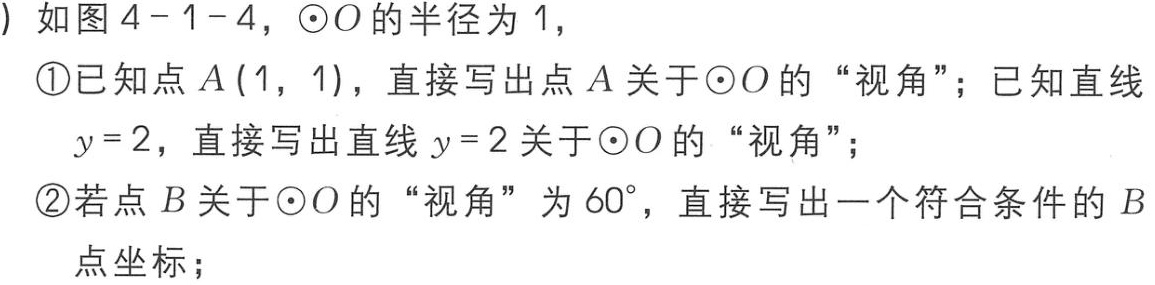
) 如图4 - 1 - 4，$\odot O$的半径为1，
\textcircled{1}已知点$A(1,1)$，直接写出点$A$关于$\odot O$的“视角”；已知直线$y = 2$，直接写出直线$y = 2$关于$\odot O$的“视角”；
\textcircled{2}若点$B$关于$\odot O$的“视角”为$60^{\circ}$，直接写出一个符合条件的$B$点坐标；